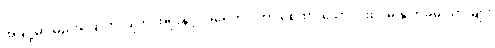
အချို့မှာ မည်းခြောက်လျက် အရိုးနှင့် အရေကပ် ကာ စေ့ထားသော ပါးစပ်မှ နှုတ်ခမ်းသားများ